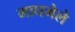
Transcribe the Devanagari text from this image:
माघमेले